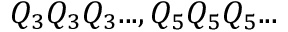
Q _ { 3 } Q _ { 3 } Q _ { 3 } . . . , Q _ { 5 } Q _ { 5 } Q _ { 5 } . . .